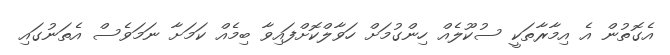
އެގޮތުން އެ އިމާރާތަކީ ސުކޫލެއް ހިންގުމަށް ހަވާލްކޮށްފައިވާ ބިމެއް ކަމަށާ ނަމަވެސް އެތަނުގައި